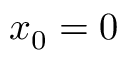
x _ { 0 } = 0